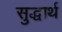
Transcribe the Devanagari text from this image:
सुद्धार्थ